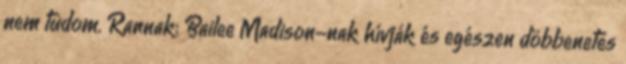
nem tudom. Rannak: Bailee Madison-nak hívják és egészen döbbenetes